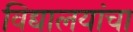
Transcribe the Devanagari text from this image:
विद्यालयांचा